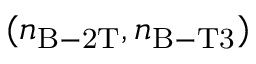
( n _ { \mathrm { B - 2 T } } , n _ { \mathrm { B - T 3 } } )